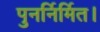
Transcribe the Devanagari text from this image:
पुनर्निर्मित।